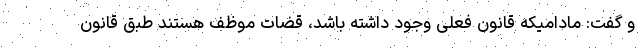
و گفت: مادامیکه قانون فعلی وجود داشته باشد، قضات موظف هستند طبق قانون